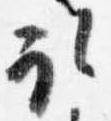
取